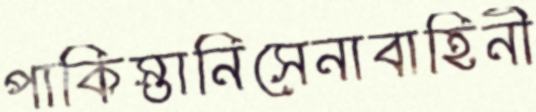
পাকিস্তানিসেনাবাহিনী